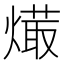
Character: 𤏱